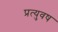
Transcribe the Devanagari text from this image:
प्रत्युवष